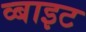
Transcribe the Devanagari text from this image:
व्बाइट